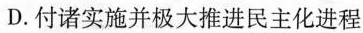
D.付诸实施并极大推进民主化进程